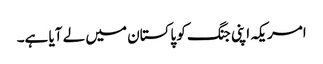
امریکہ اپنی جنگ کو پاکستان میں لے آیا ہے۔